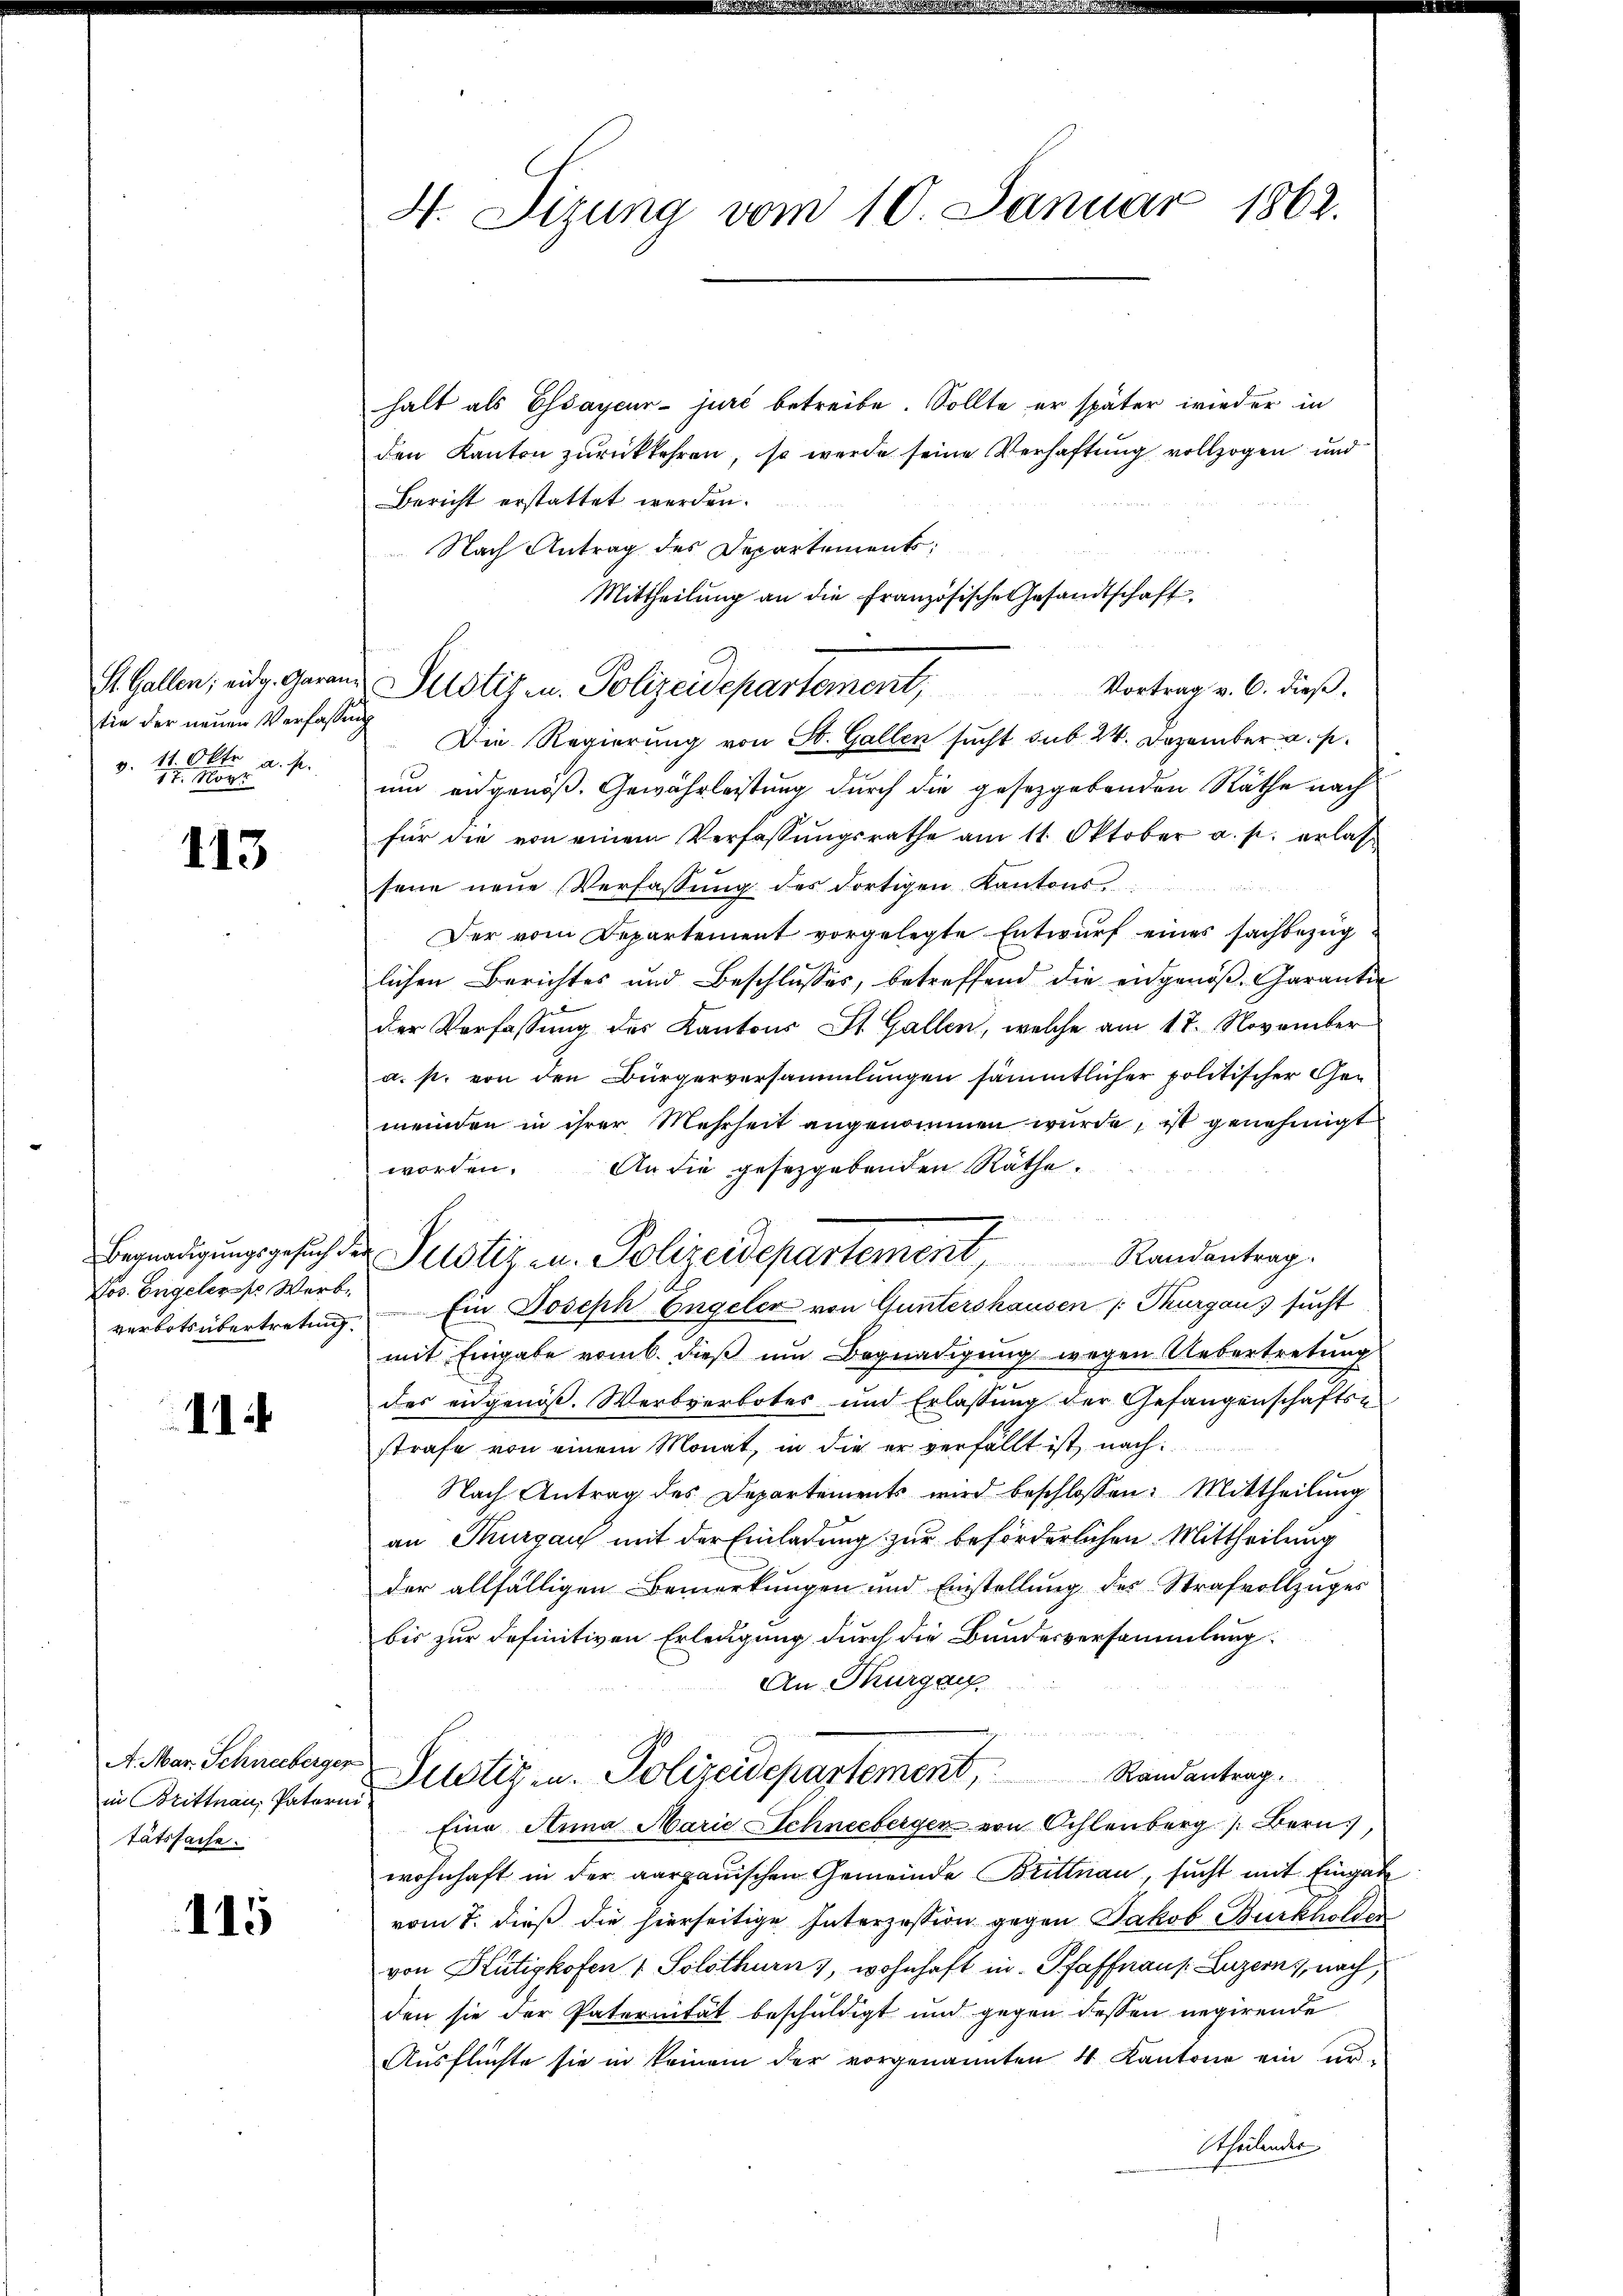
St. Gallen; eidg. Garanz
tie der neuen Verfassung
v. 11. Okt. a. p.
17. Nov

113

Nos. Engeler Werb
verbotsübertreting.

11

in Brittnau, Paterin
tätssache.

115

H. Sizung vom 10. Januar 1862.

halt als Essayeur-juré betreibe. Sollte er später wieder in
den Kanton zurückkehren, so werde seine Verhaftung vollzogen und
Bericht erstattet werden.
Nach Antrag des Departements:
Mittheilŭng an die Französische Gesandtschaft
Vortrag v. 6. dieß.
Die Regierung von St. Gallen sucht sub. 24. Dezember a. p.
um eidgenoß. Gewährleistung durch die gesetzgebenden Räthe nach
für die von einem Verfassungsrathe am 11. Oktober a. p. erlassene neue Verfassŭng des dortigen Kantons.
 82
Der vom Departement vorgelegte Entwurf eines sachbezuglichen Berichtes und Beschlusses, betreffend die eidgenöß- Garantin
der Verfassung des Kantons St. Gallen, welche am 17. November
a. p. von den Bürgerversammlungen sämmtlicher politischer Gemeinden in ihrer Mehrheit angenommen wurde, ist genehmigt
worden. An die gesetzgebenden Räthe.
Ein Joseph Engeler von Guntershausen Thurgaus sucht
mit Eingabe vom 6. dieß um Begnadigung wegen Uebertretung
des eidgenöß. Werbverbotes und Erlassung der Gefangenschafts-
strafe von einem Monat, in die er verfällt ist nach
Nach Antrag des Departements wird beschlossen: Mittheilŭng
an Thurgau mit der Einladung zur beförderlichen Mittheilung
der allfälligen Bemerkungen und Einstellŭng des Strafvollzŭges
bis zur definitiven Erledigung durch die Bundesversammlung.
An Thurgau,
AMar Schneberger Justiz- u. Polizeidepartement, Randantrag.
Eine Anna Marie Schneeberger von Oehlenberg  Bern,
wohnhaft in der aargauischen Gemeinde Brittnau, sucht mit Eingabe
vom 7. dieß die hierseitige Interzession gegen Jakob Burkholter
von Hütigkofen 1 Solothurn , wohnhaft in Pfaffnaus. Luzern, nach,
den sie der Paternität beschuldigt und gegen dessen negirende
Ausflüchte sie in keinem der vorgenannten 4 Kantone ein ur-
theilendes

Justiz- u. Polizeidepartement,

Begnadigungsgesuch der Justiz u. Polizeidepartement Randantrag.